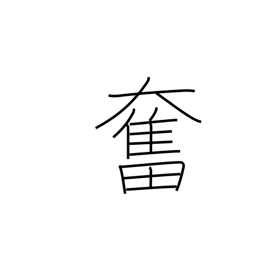
Meaning: stirred up